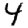
Digit: 4